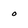
Character: O